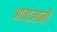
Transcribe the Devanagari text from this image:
आवाजानी